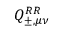
Q _ { \pm , \mu \nu } ^ { R R }